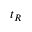
t _ { R }